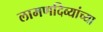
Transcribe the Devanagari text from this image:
लामणदिव्यांच्या